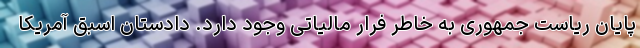
پایان ریاست جمهوری به خاطر فرار مالیاتی وجود دارد. دادستان اسبق آمریکا